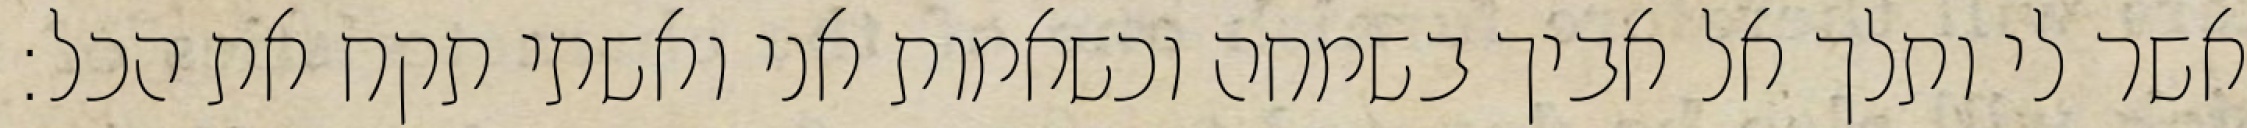
אשר לי ותלך אל אביך בשמחה וכשאמות אני ואשתי תקח את הכל: